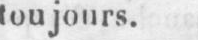
toujours.